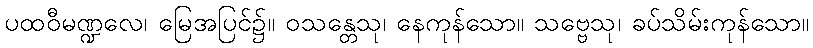
ပထဝီမဏ္ဍလေ၊ မြေအပြင်၌။ ဝသန္တေသု၊ နေကုန်သော။ သဗ္ဗေသု၊ ခပ်သိမ်းကုန်သော။